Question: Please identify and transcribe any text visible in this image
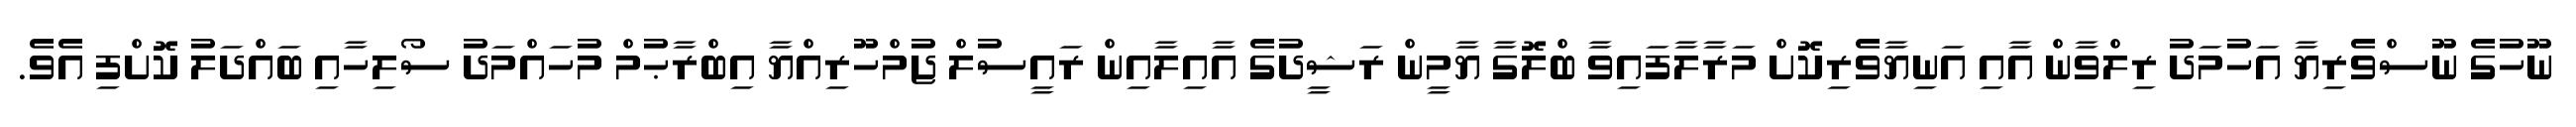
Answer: ނޫހުގެ ނޫސްވެރިޔާ އަހުމަދު ރިލްވާން އާއި އަނިޔާވެރިކޮށް މަރާލާފައިވާ ބްލޮގާ ޔާމީން ރަޝީދުގެ އާއިލާއިން ރައީސުލް ޖުމްހޫރިއްޔާ އިބްރާޙުމް މުހައްމަދު ސޯލިހާއި ބައްދަލު ކޮށްފި އެވެ.